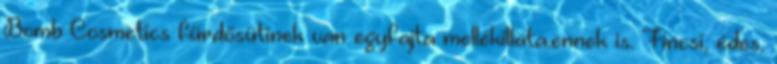
Bomb Cosmetics fürdősütinek van egyfajta mellékillata.ennek is. Fincsi, édes,